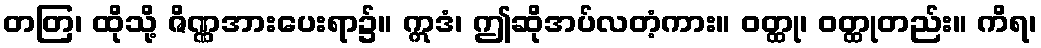
တတြ၊ ထိုသို့ ဇိဏ္ဏအားပေးရာ၌။ ဣဒံ၊ ဤဆိုအပ်လတံ့ကား။ ဝတ္ထု၊ ဝတ္ထုတည်း။ ကိရ၊